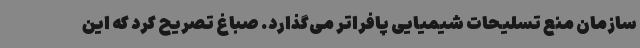
سازمان منع تسلیحات شیمیایی پافراتر می‌گذارد. صباغ تصریح کرد که این